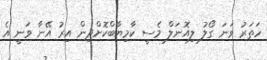
ހަތަރު ވަނަ ގޯލު ލިއޮނަލް މެސީ ކާމިޔާބްކޮށްދިން އިރު އޭނާ ވަނީ އެ